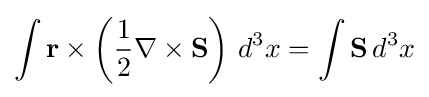
\int {\mathbf {r} }\times \left({\frac {1}{2}}\nabla \times {\mathbf {S} }\right)\,d^{3}x=\int {\mathbf {S} }\,d^{3}x